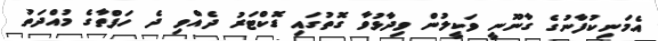
އެމަނިކުފާނުގެ ގާނޫނީ ވަކީލުން ވިދާޅުވާ ގޮތުގައި ޑޮކްޓަރު ދެއްވި ދެ ހަފްތާގެ މުއްދަތު